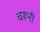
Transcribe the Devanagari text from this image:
चरूनी